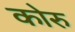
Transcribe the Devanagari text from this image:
कोरु